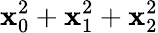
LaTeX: \mathbf{x}_{0}^{2}+\mathbf{x}_{1}^{2}+\mathbf{x}_{2}^{2}